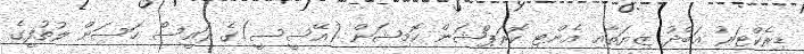
ޑިރެކްޓަރު އަބްދު ޒިޔަތާއި އެންޓި ކޮރަޕްޝަން ކޮމިޝަން (އޭސީސީ)ގެ ރައީސް ހަސަން ލުތުފީގެ